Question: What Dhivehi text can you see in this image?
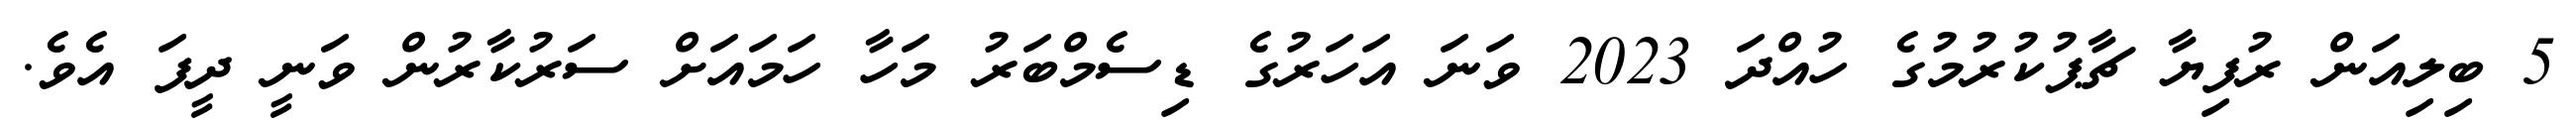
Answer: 5 ބިލިއަން ރުފިޔާ ޗާޕުކުރުމުގެ ހުއްދަ 2023 ވަނަ އަހަރުގެ ޑިސެމްބަރު މަހާ ހަމައަށް ސަރުކާރުން ވަނީ ދީފަ އެވެ.